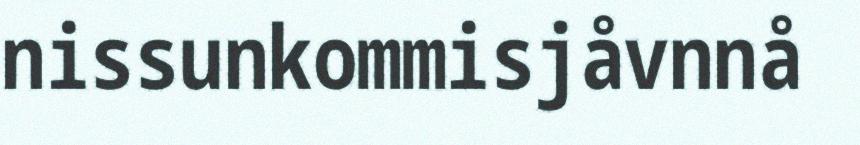
nissunkommisjåvnnå